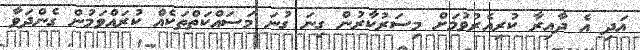
އަދި އެ ދާއިރާ ކުރިއެރުވުމަށް މިސަރުކާރުން ގިނަ ގުނަ މަސައްކަތްތަކެއް ކުރައްވަމުން ގެންދަވާ